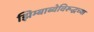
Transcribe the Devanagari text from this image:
झिम्बाब्वेविरूद्धच्या